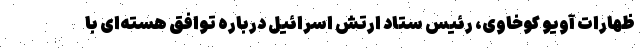
ظهارات آویو کوخاوی، رئیس ستاد ارتش اسرائیل درباره توافق هسته‌ای با